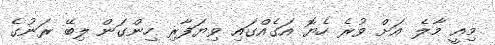
މިއީ މާލެ އަށް ވުރެ ހެޔޮ އަގެއްގައި ވިޔަފާރި ހިންގަން ލިބޭ ރަނުގެ